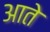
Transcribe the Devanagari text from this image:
आते